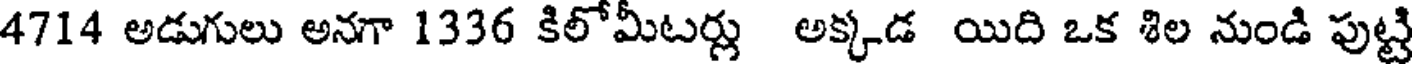
4714 అడుగులు అనగా 1336 కిలోమీటర్లు అక్కడ యిది ఒక శిల నుండి పుట్టి